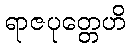
ရာဇပုတ္တေဟိ